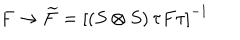
F \rightarrow \widetilde { F } = \left[ ( S \otimes S ) \, \tau F \tau \right] ^ { - 1 }